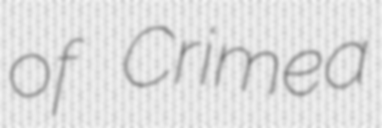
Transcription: of Crimea